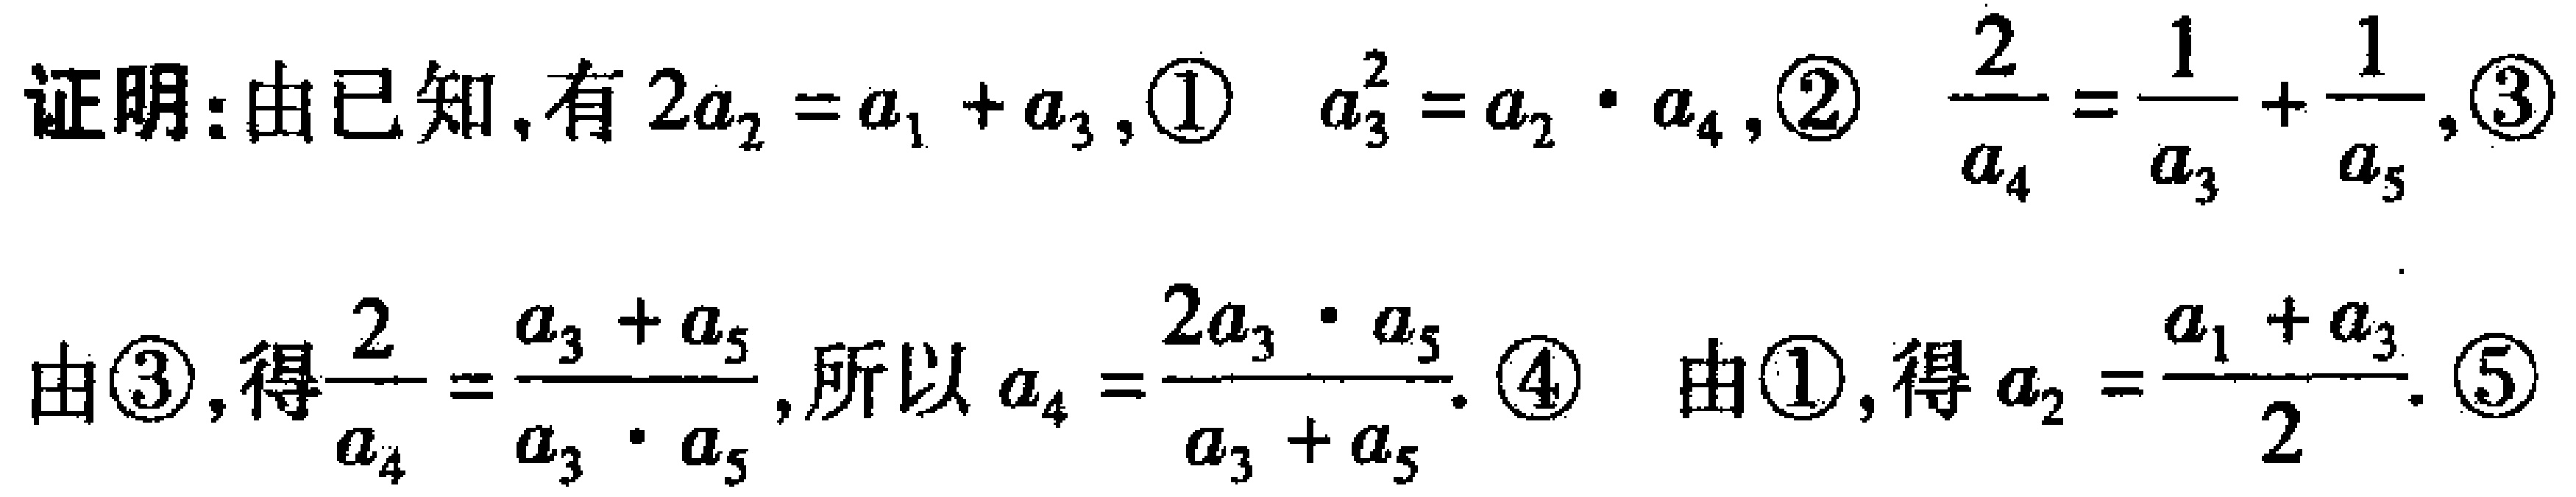
证明：由已知，有 \(2a_{2}=a_{1}+a_{3},\) \textcircled{1} \(a_{3}^{2}=a_{2}\cdot a_{4},\) \textcircled{2} \(\frac{2}{a_{4}}=\frac{1}{a_{3}}+\frac{1}{a_{5}},\) \textcircled{3}
由\textcircled{3}，得\(\frac{2}{a_{4}}=\frac{a_{3}+a_{5}}{a_{3}\cdot a_{5}}\)，所以 \(a_{4}=\frac{2a_{3}\cdot a_{5}}{a_{3}+a_{5}}.\) \textcircled{4} 由\textcircled{1}，得 \(a_{2}=\frac{a_{1}+a_{3}}{2}.\) \textcircled{5}